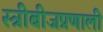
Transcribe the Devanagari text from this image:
स्त्रीबीजप्रणाली